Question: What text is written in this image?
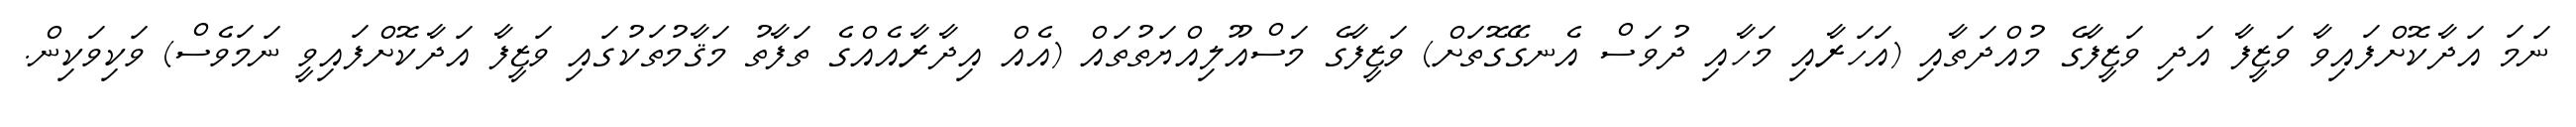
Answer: ނަމަ އަދާކޮށްފައިވާ ވަޒީފާ އަދި ވަޒީފާގެ މުއްދަތާއި (އަހަރާއި މަހާއި ދުވަސް އެނގޭގޮތަށް) ވަޒީފާގެ މަސްއޫލިއްޔަތުތައް (އެއް އިދާރާއެއްގެ ތަފާތު މަޤާމުތަކުގައި ވަޒީފާ އަދާކޮށްފައިވީ ނަމަވެސް) ވަކިވަކިން.